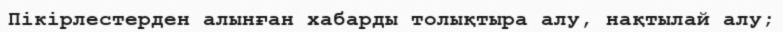
Пікірлестерден алынған хабарды толықтыра алу, нақтылай алу;